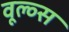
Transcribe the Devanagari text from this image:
वूल्व्स